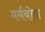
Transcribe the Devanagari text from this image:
मर्मबोध